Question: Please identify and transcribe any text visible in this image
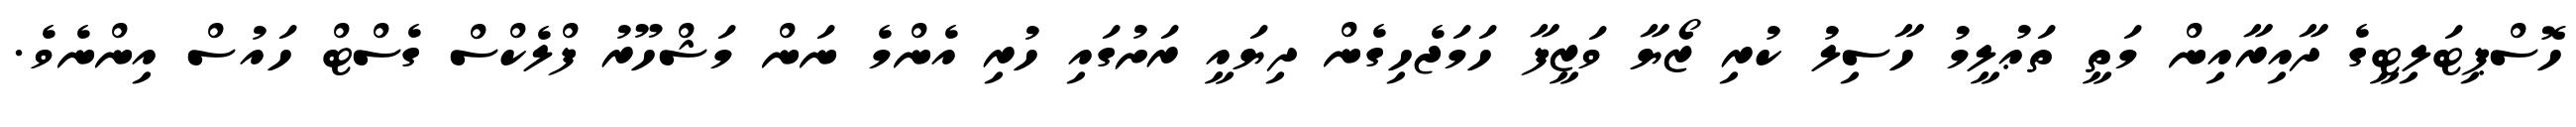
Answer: ހޮސްޕިޓަލިޓީގެ ދާއިރާއިން މަތީ ތަޢުލީމު ހާސިލު ކުރި ޒޯޔާ ވަޒީފާ ހަމަޖެހިގެން ދިޔައީ ރަށުގައި ހުރި އެންމެ ނަން މަޝްހޫރު ފްލެކްސް ގެސްޓް ހައުސް އިންނެވެ.